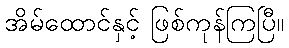
အိမ်ထောင်နှင့် ဖြစ်ကုန်ကြပြီ။